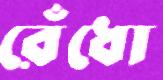
রেঁধো